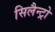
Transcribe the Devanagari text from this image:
सिलैन्ट्रो